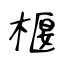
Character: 椻